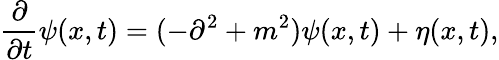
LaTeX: {\frac{\partial}{\partial t}}\psi(x,t)=(-\partial^{2}+m^{2})\psi(x,t)+\eta(x,t),